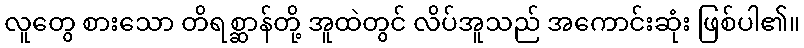
လူတွေ စားသော တိရစ္ဆာန်တို့ အူထဲတွင် လိပ်အူသည် အကောင်းဆုံး ဖြစ်ပါ၏။